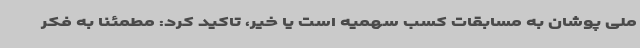
ملی پوشان به مسابقات کسب سهمیه است یا خیر، تاکید کرد: مطمئنا به فکر